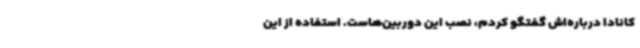
کانادا درباره‌اش گفتگو کردم، نصب این دوربین‌هاست. استفاده از این